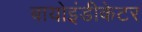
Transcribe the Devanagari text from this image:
बायोइंडीकेटर